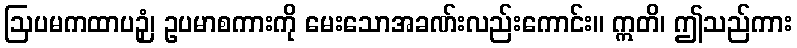
ဩပမကထာပဉှံ၊ ဥပမာစကားကို မေးသောအခဏ်းလည်းကောင်း။ ဣတိ၊ ဤသည်ကား